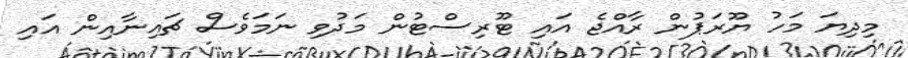
މިދިޔަ މަހު ޔޫރަޕުން ރާއްޖެ އައި ޓޫރިސްޓުން މަދުވި ނަމަވެސް ޗައިނާއިން އައި